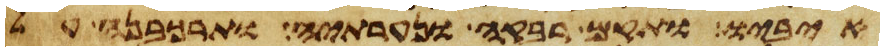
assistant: איביו ותקם רבקה ונערתיה ותרכבנה על